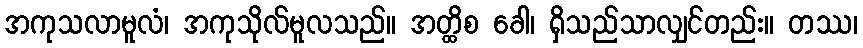
အကုသလာမူလံ၊ အကုသိုလ်မူလသည်။ အတ္ထိစ ခေါ၊ ရှိသည်သာလျှင်တည်း။ တဿ၊